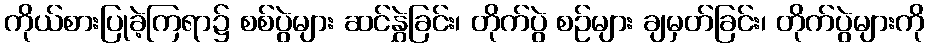
ကိုယ်စားပြုခဲ့ကြရာ၌ စစ်ပွဲများ ဆင်နွှဲခြင်း၊ တိုက်ပွဲ စဉ်များ ချမှတ်ခြင်း၊ တိုက်ပွဲများကို